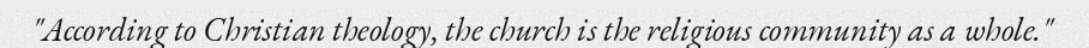
"According to Christian theology, the church is the religious community as a whole."